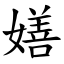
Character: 嫸